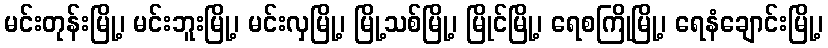
မင်းတုန်းမြို့၊ မင်းဘူးမြို့၊ မင်းလှမြို့၊ မြို့သစ်မြို့၊ မြိုင်မြို့၊ ရေစကြိုမြို့၊ ရေနံချောင်းမြို့၊